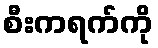
စီးကရက်ကို